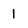
Character: 1